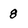
Character: 8